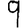
Digit: 9